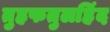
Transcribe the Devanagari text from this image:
तुहफतुलहिंद